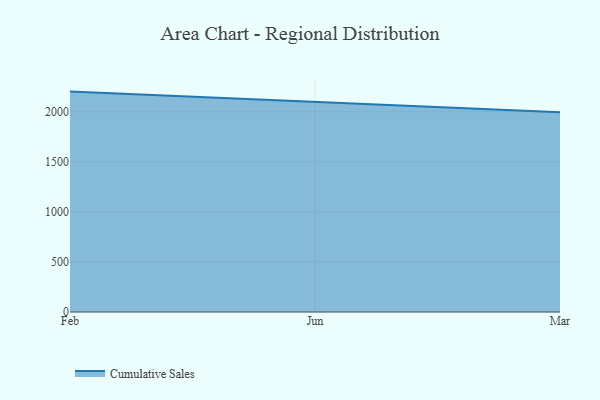
{"axis": {"x": "Month", "y": "Headcount"}, "legend": ["Cumulative Sales"], "data": [{"x": "Feb", "y": 2200.0, "type": "Cumulative Sales"}, {"x": "Jun", "y": 2098.7, "type": "Cumulative Sales"}, {"x": "Mar", "y": 1993.8, "type": "Cumulative Sales"}]}